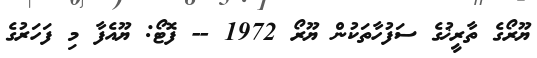
ޔޫރޯގެ ތާރީޚުގެ ސަފުހާތަކުން ޔޫރޯ 1972 -- ފޮޓޯ: ޔޫއެފާ މި ފަހަރުގެ